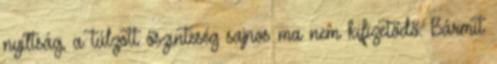
nyíltság, a túlzott őszinteség sajnos ma nem kifizetődő. Bármit